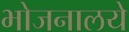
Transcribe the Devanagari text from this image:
भोजनालये